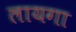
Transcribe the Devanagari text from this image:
लायगा